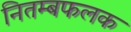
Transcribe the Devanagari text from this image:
नितम्बफलक